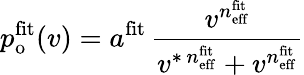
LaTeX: p_{\mathrm{o}}^{\mathrm{fit}}(v)=a^{\mathrm{fit}}\, \frac{v^{n_{\mathrm{eff}}^{\mathrm{fit}}}}{v^{\ast\, n_{\mathrm{eff}}^{\mathrm{fit}}}+v^{n_{\mathrm{eff}}^{\mathrm{fit}}}}